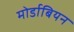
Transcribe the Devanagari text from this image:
मोर्डाबियन